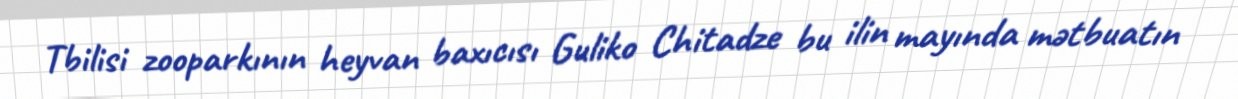
Tbilisi zooparkının heyvan baxıcısı Guliko Chitadze bu ilin mayında mətbuatın